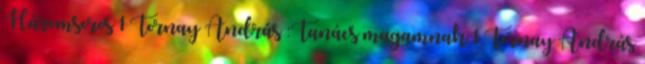
Háromsoros 1 Tornay András :Tanács magamnak 1 Tornay András